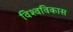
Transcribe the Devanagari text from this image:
विश्वविकास